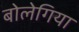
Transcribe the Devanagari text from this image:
बोलेगिया